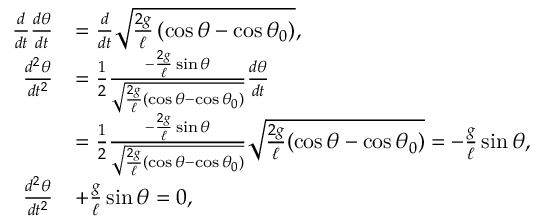
{ \begin{array} { r l } { { \frac { d } { d t } } { \frac { d \theta } { d t } } } & { = { \frac { d } { d t } } { \sqrt { { \frac { 2 g } { \ell } } \left( \cos \theta - \cos \theta _ { 0 } \right) } } , } \\ { { \frac { d ^ { 2 } \theta } { d t ^ { 2 } } } } & { = { \frac { 1 } { 2 } } { \frac { - { \frac { 2 g } { \ell } } \sin \theta } { \sqrt { { \frac { 2 g } { \ell } } ( \cos \theta - \cos \theta _ { 0 } ) } } } { \frac { d \theta } { d t } } } \\ & { = { \frac { 1 } { 2 } } { \frac { - { \frac { 2 g } { \ell } } \sin \theta } { \sqrt { { \frac { 2 g } { \ell } } ( \cos \theta - \cos \theta _ { 0 } ) } } } { \sqrt { { \frac { 2 g } { \ell } } ( \cos \theta - \cos \theta _ { 0 } ) } } = - { \frac { g } { \ell } } \sin \theta , } \\ { { \frac { d ^ { 2 } \theta } { d t ^ { 2 } } } } & { + { \frac { g } { \ell } } \sin \theta = 0 , } \end{array} }